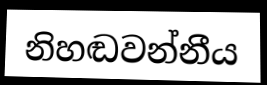
නිහඬවන්නීය